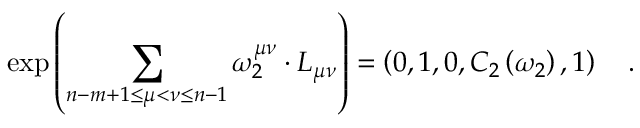
\exp \left( \sum _ { n - m + 1 \le \mu < \nu \le n - 1 } \omega _ { 2 } ^ { \mu \nu } \cdot L _ { \mu \nu } \right) = \left( 0 , 1 , 0 , C _ { 2 } \left( \omega _ { 2 } \right) , 1 \right) \quad .